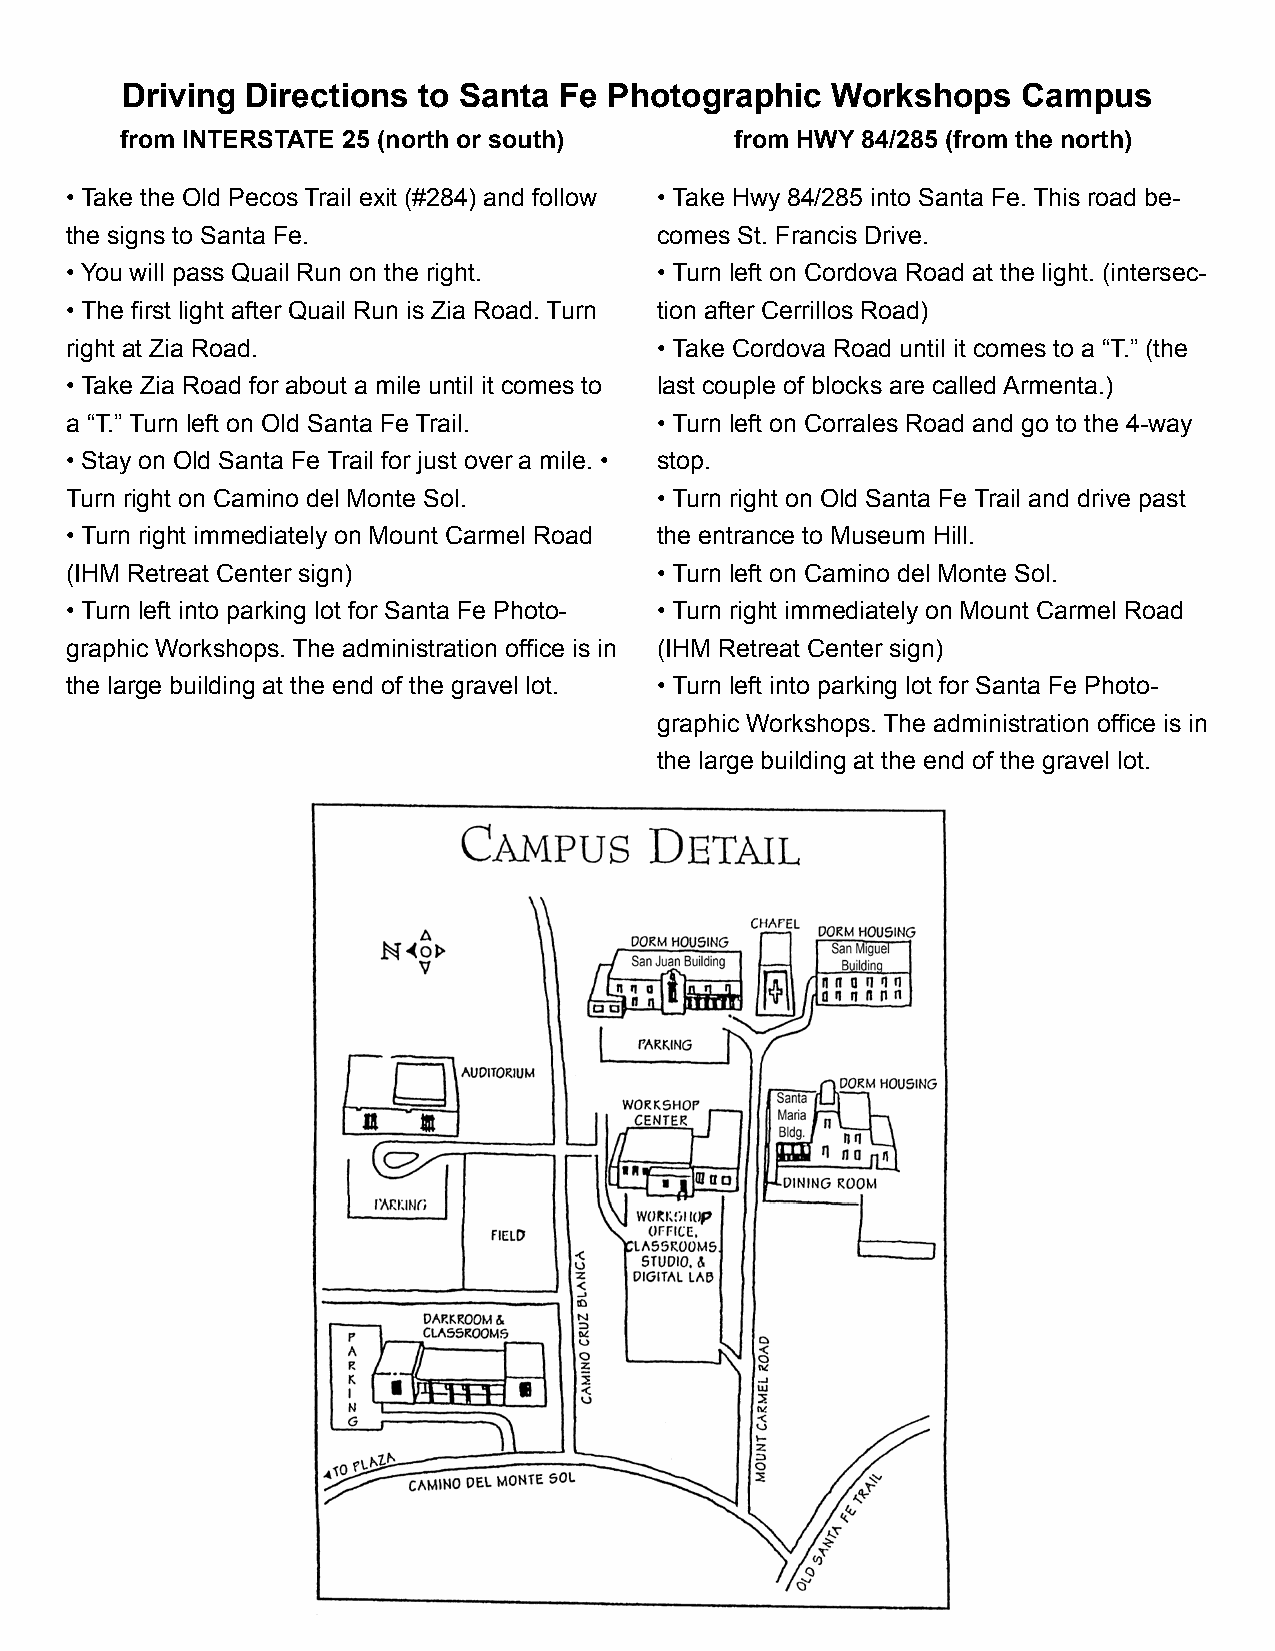
Driving Directions  to Santa Fe Photographic   Workshops    Campus
 from INTERSTATE 25 (north or south)      from HWY 84/285 (from the north)
 • Take the Old Pecos Trail exit (#284) and follow • Take Hwy 84/285 into Santa Fe. This road be-
 the signs to Santa Fe.                  comes St. Francis Drive.
 • You will pass Quail Run on the right. • Turn left on Cordova Road at the light. (intersec-
 • The first light after Quail Run is Zia Road. Turn tion after Cerrillos Road)
 right at Zia Road.                      • Take Cordova Road until it comes to a “T.” (the
 • Take Zia Road for about a mile until it comes to last couple of blocks are called Armenta.)
 a “T.” Turn left on Old Santa Fe Trail. • Turn left on Corrales Road and go to the 4-way
 • Stay on Old Santa Fe Trail for just over a mile. • stop.
 Turn right on Camino del Monte Sol.     • Turn right on Old Santa Fe Trail and drive past
 • Turn right immediately on Mount Carmel Road the entrance to Museum Hill.
 (IHM Retreat Center sign)               • Turn left on Camino del Monte Sol.
 • Turn left into parking lot for Santa Fe Photo- • Turn right immediately on Mount Carmel Road
 graphic Workshops. The administration office is in (IHM Retreat Center sign)
 the large building at the end of the gravel lot. • Turn left into parking lot for Santa Fe Photo-
 graphic Workshops. The administration office is in
 the large building at the end of the gravel lot.